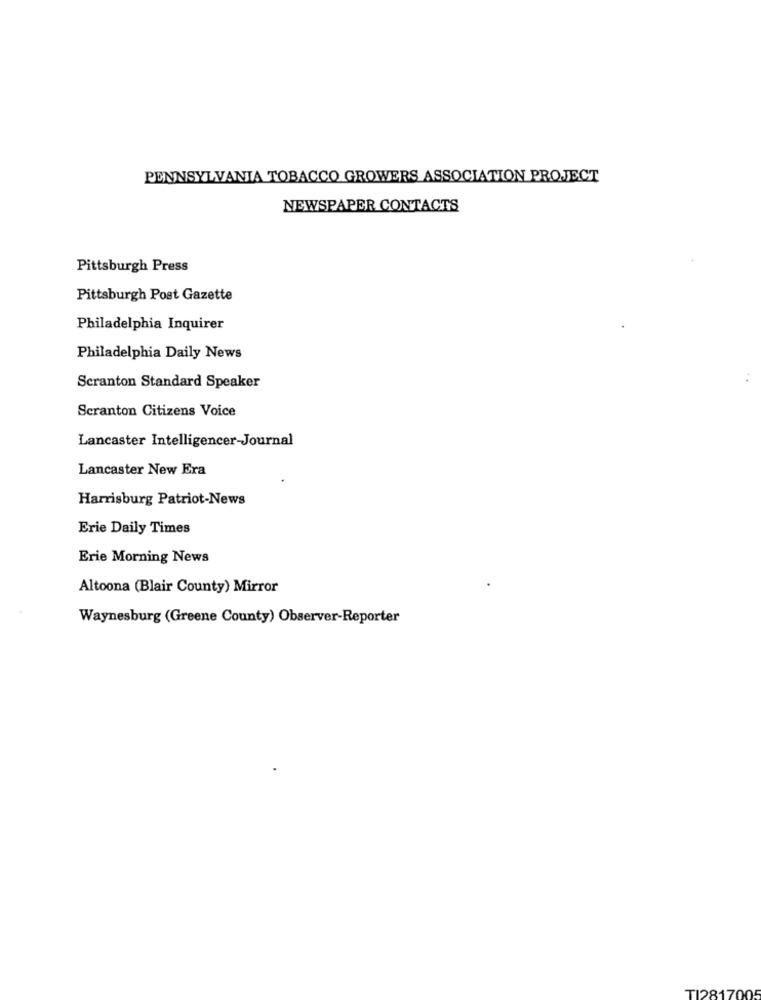
PENNSYLVANIA TOBACCO GROWERS ASSOCIATION PROJECT
NEWSPAPER CONTACTS
Pittsburgh Press
Pittsburgh Post Gazette
Philadelphia Inquirer
Philadelphia Daily News
Scranton Standard Speaker
Scranton Citizens Voice
Lancaster Intelligencer-Journal
Lancaster New Era
Harrisburg Patriot-News
Erie Daily Times
Erie Morning News
Altoona (Blair County) Mirror
Waynesburg (Greene County) Observer-Reporter
TI281